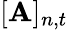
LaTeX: [\mathbf{A}]_{n,t}